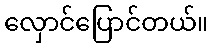
လှောင်ပြောင်တယ်။